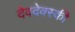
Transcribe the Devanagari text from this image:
देवदेवस्की